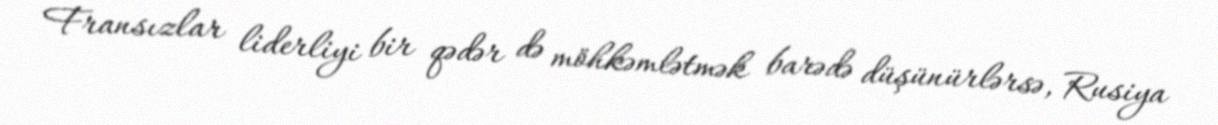
Fransızlar liderliyi bir qədər də möhkəmlətmək barədə düşünürlərsə, Rusiya